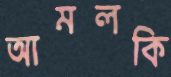
আমলকি